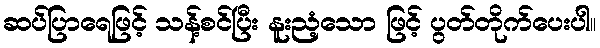
ဆပ်ပြာရေဖြင့် သန့်စင်ပြီး နူးညံ့သော ဖြင့် ပွတ်တိုက်ပေးပါ။